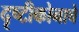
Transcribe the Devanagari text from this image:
दृष्टीकोनाचे